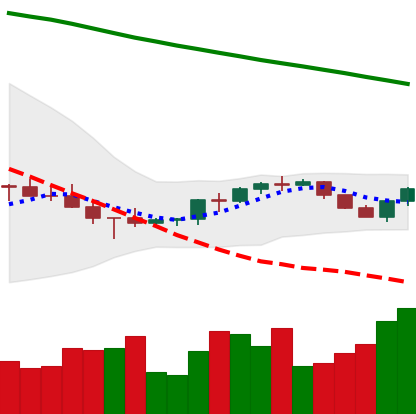
Ticker: BNB-USD
Chart end date: 2022-07-14
Forward return: 12.87%
Label: up_7plus